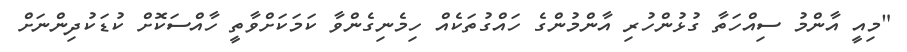
"މިއީ އާންމު ސިއްހަތާ ގުޅުންހުރި އާންމުންގެ ހައްގުތަކެއް ހިމެނިގެންވާ ކަމަކަށްވާތީ ހާއްސަކޮށް ކުޑަކުދިންނަށް